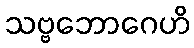
သဗ္ဗဘောဂေဟိ